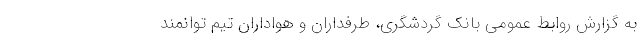
به گزارش روابط عمومی بانک گردشگری، طرفداران و هواداران تیم توانمند